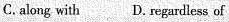
C.along with D. Regardless of